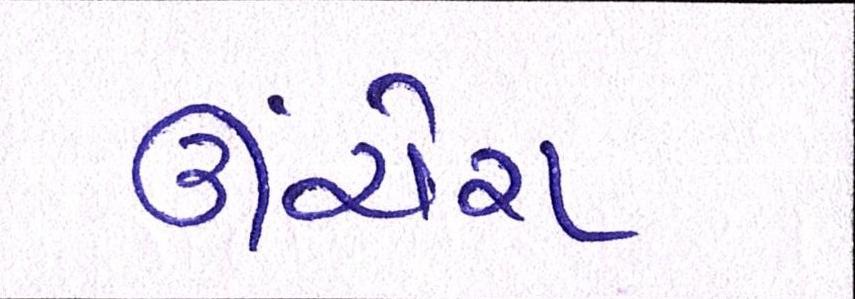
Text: ઊંચેરા